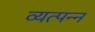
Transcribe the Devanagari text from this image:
व्‍यत्‍पन्‍न